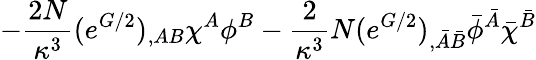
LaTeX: -\frac{2N}{\kappa^{3}}(e^{G/2})_{,AB}\chi^{A}\phi^{B}-\frac{2}{\kappa^{3}}N(e^{G/2})_{,\bar{A}\bar{B}}\bar{\phi}^{\bar{A}}\bar{\chi}^{\bar{B}}